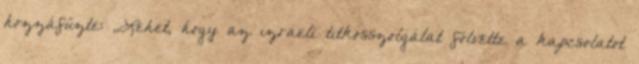
hozzáfűzte: ,,Lehet, hogy az izraeli titkosszolgálat fölvette a kapcsolatot